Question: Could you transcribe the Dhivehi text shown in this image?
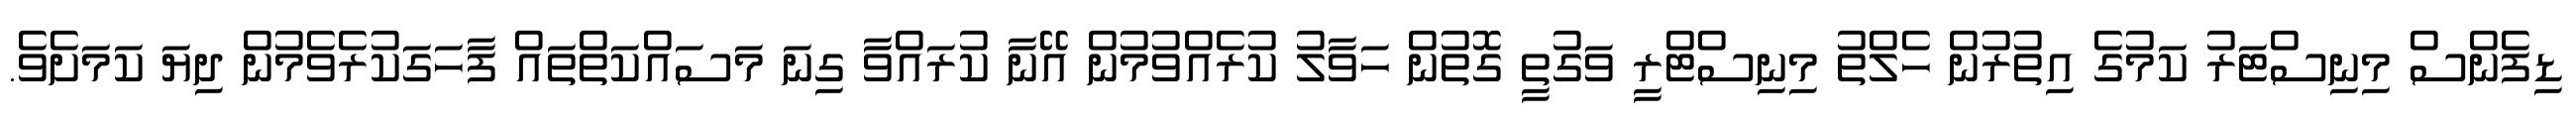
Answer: ޑިފެންސް މިނިސްޓަރު ކަމުގެ އިތުރުން ހެލްތު މިނިސްޓްރީ ވަގުތީ ގޮތުން ހަވާލު ކުރެއްވުމުން އޭނާ ކުރައްވާ ގިނަ މަސައްކަތްތައް ފާހަގަކުރެވެމުން ދިޔަ ކަމަށެވެ.